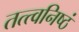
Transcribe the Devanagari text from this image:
तत्त्वनिष्ठं